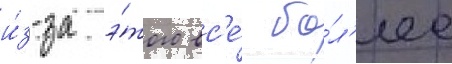
и́з-за э́того вс'е́ бо́л'ее